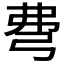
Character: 𢏇